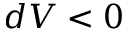
d V < 0